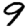
Digit: 9